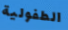
الطفولية